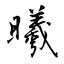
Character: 曦